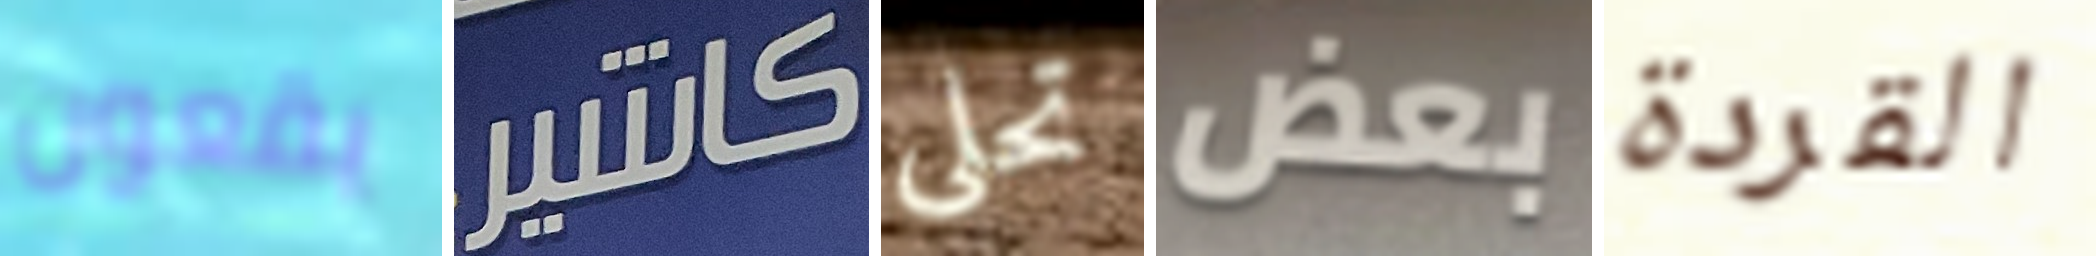
يقعون كاشير تحلى بعض القردة